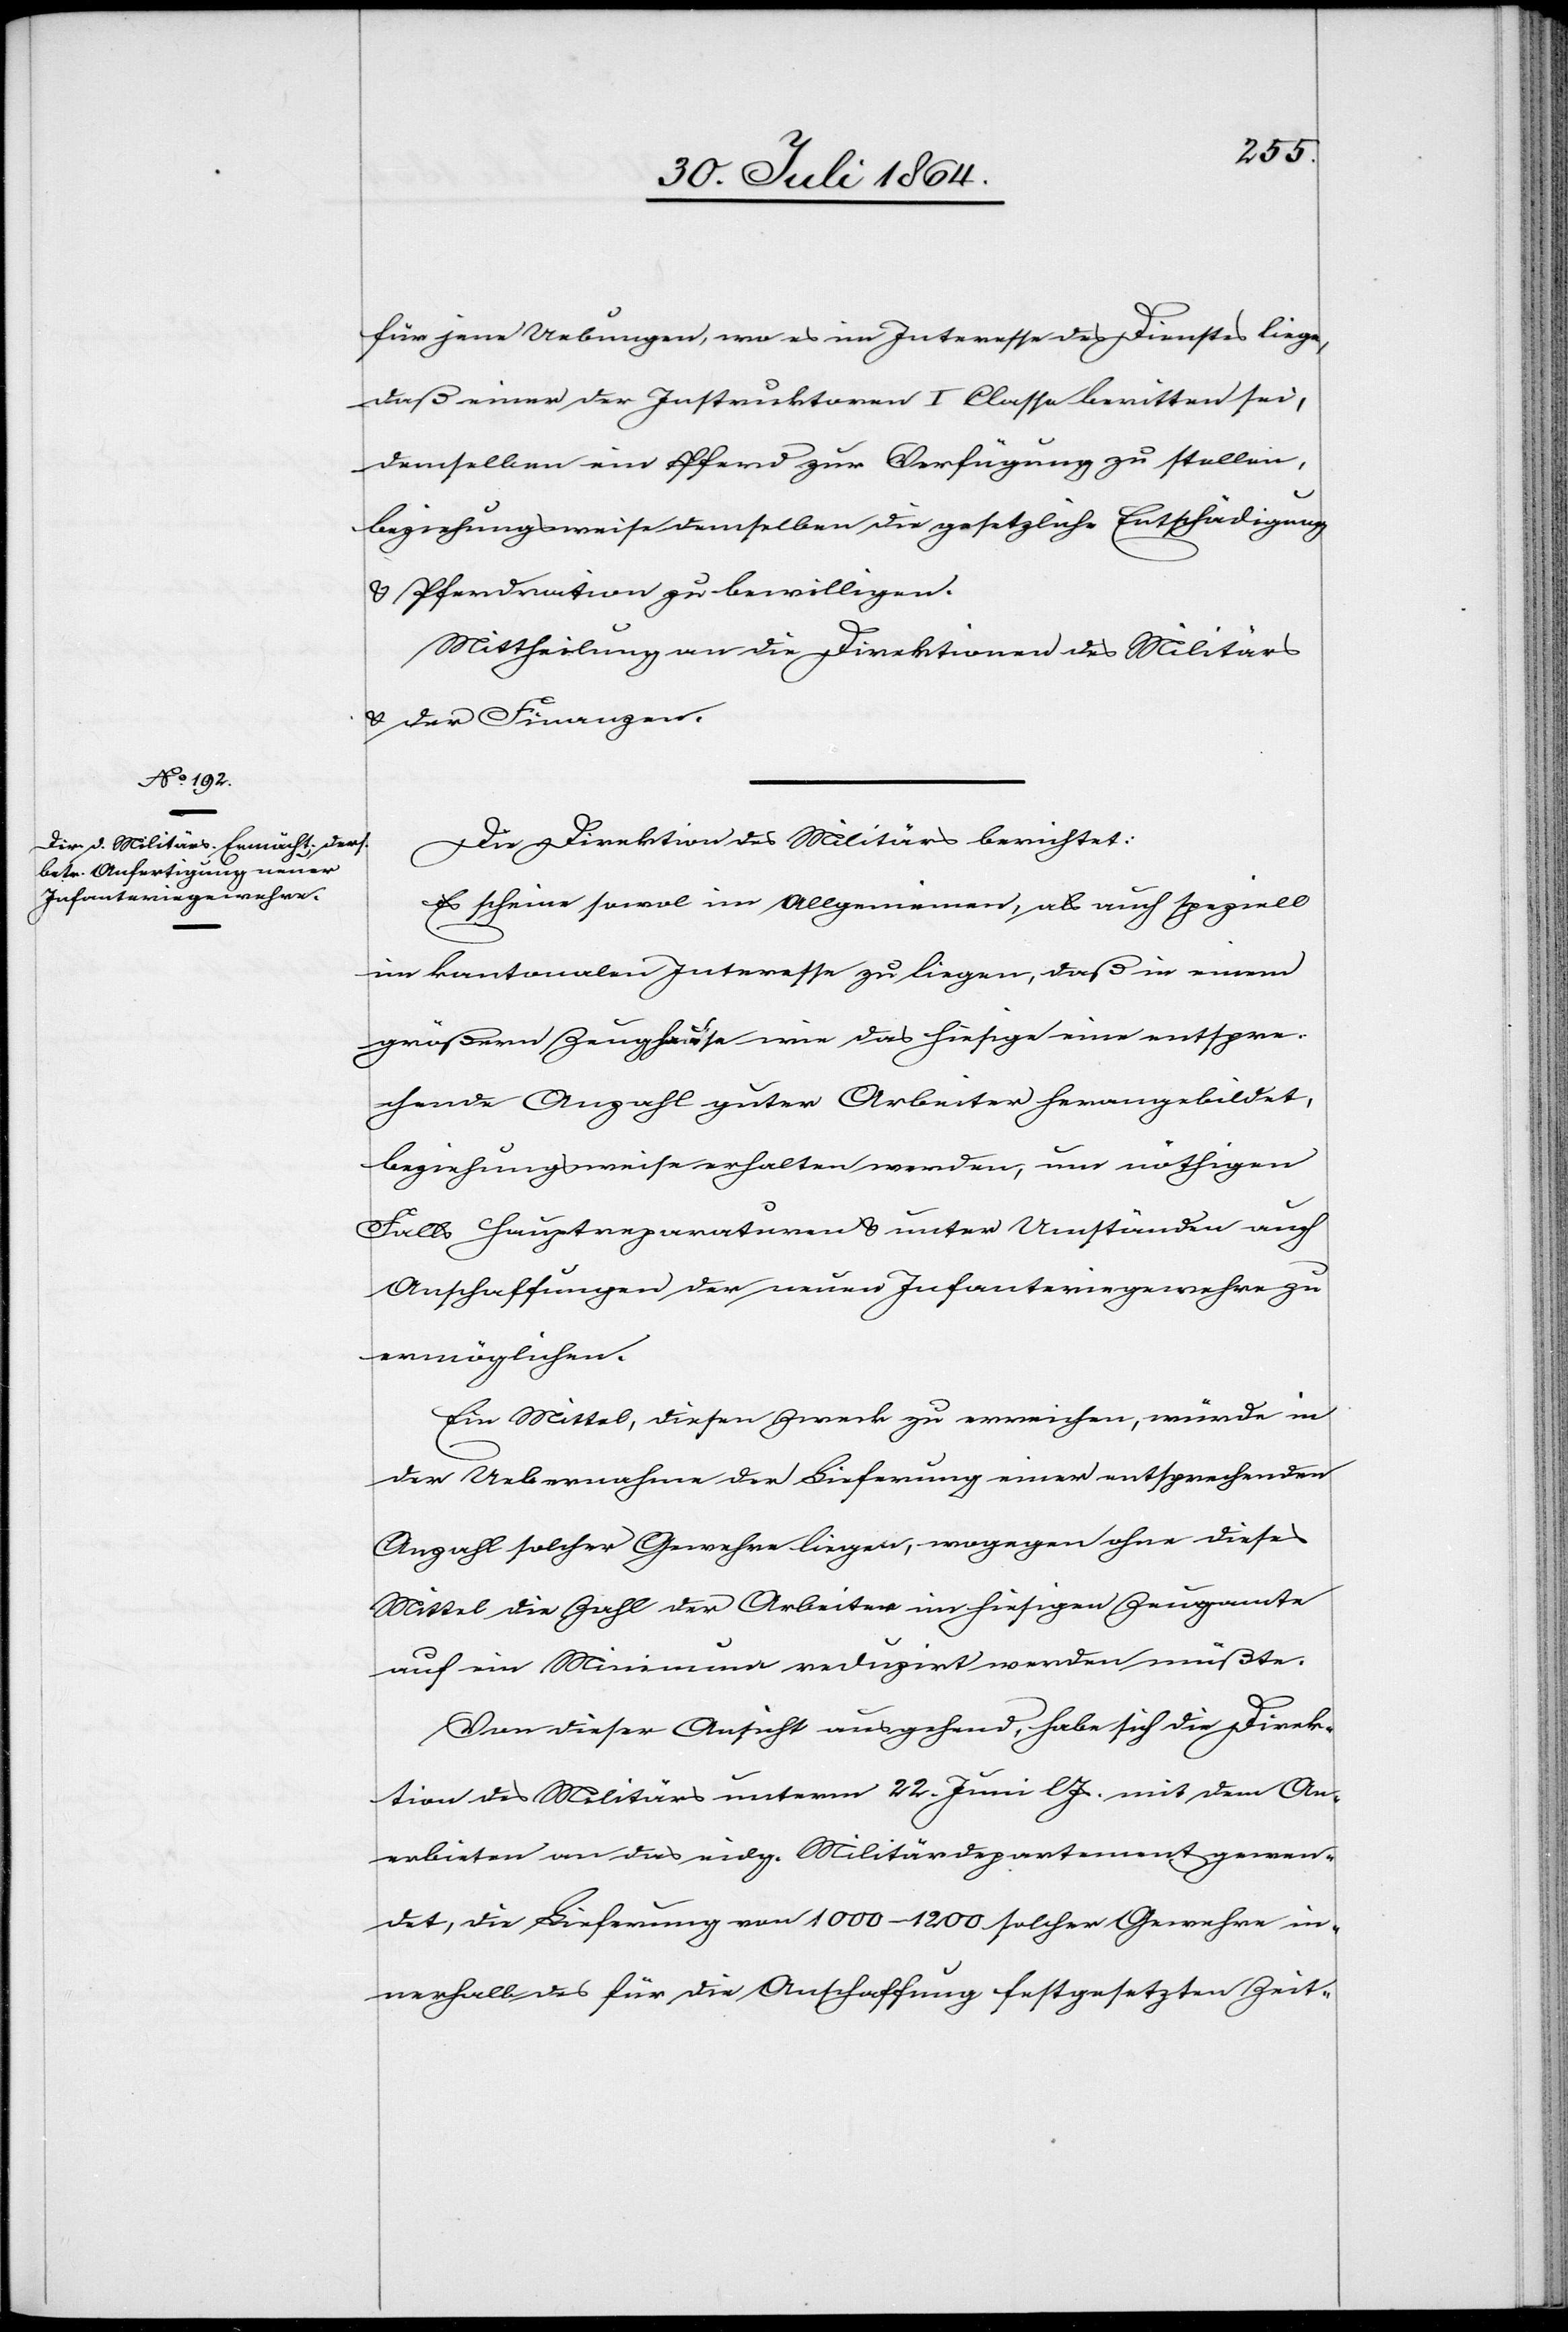
für jene Uebungen, wo es im Interesse des Dienstes liege,
daß einer der Instruktoren I. Classe beritten sei,
demselben ein Pferd zur Verfügung zu stellen,
beziehungsweise demselben die gesetzliche Entschädigung
& Pferderation zu bewilligen.
Mittheilung an die Direktionen des Militärs
& der Finanzen.
Die Direktion des Militärs berichtet:
Es scheine sowol im Allgemeinen, als auch speziell
im kantonalen Interesse zu liegen, daß in einem
größern Zeughause wie das hiesige eine entspre¬
chende Anzahl guter Arbeiter herangebildet,
beziehungsweise erhalten werden, um nöthigen
Falls Hauptreparaturen & unter Umständen auch
Anschaffungen der neuen Infanteriegewehre zu
ermöglichen.
Ein Mittel, diesen Zweck zu erreichen, würde in
der Uebernahme der Lieferung einer entsprechenden
Anzahl solcher Gewehre liegen, wogegen ohne dieses
Mittel die Zahl der Arbeiter im hiesigen Zeughause
auf ein Minimum reduzirt werden müßte.
Von dieser Ansicht ausgehend, habe sich die Direk¬
tion des Militärs unterm 22. Juni l. Js. mit dem An¬
erbieten an das eidg. Militärdepartement gewen¬
det, die Lieferung von 1000–1200 solcher Gewehre in¬
nerhalb des für die Anschaffung festgesetzten Zeit-